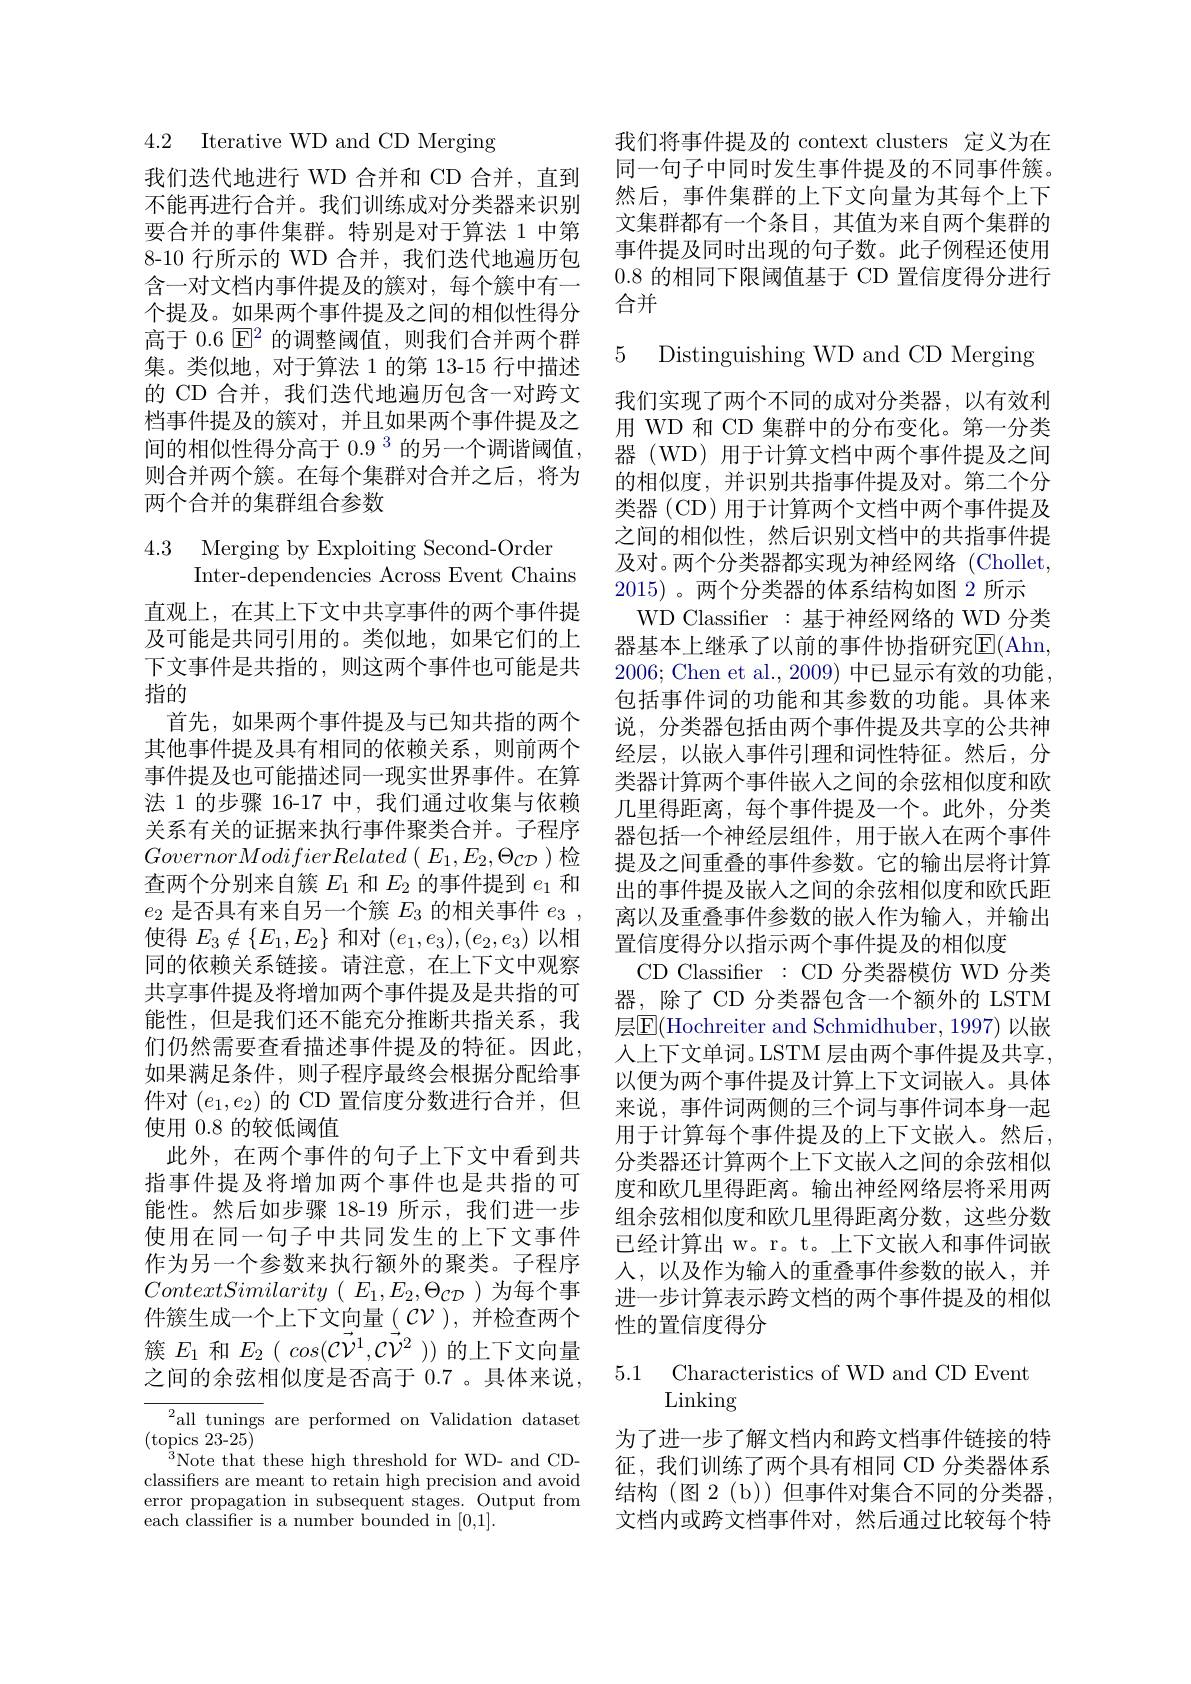
4.2 Iterative WD and CD Merging

我们迭代地进行 WD 合并和 CD 合并，直到不能再进行合并。我们训练成对分类器来识别要合并的事件集群。特别是对于算法 1 中第8-10 行所示的 WD 合并，我们迭代地遍历包含一对文档内事件提及的簇对，每个簇中有一个提及。如果两个事件提及之间的相似性得分高于 0.6 $\boxed{\mathrm{F}^2}$的调整阈值，则我们合并两个群集。类似地，对于算法 1 的第 13-15 行中描述的 CD 合并，我们迭代地遍历包含一对跨文档事件提及的簇对，并且如果两个事件提及之间的相似性得分高于$0.9^{3}$的另一个调谐阈值， 则合并两个簇。在每个集群对合并之后，将为两个合并的集群组合参数

4.3 Merging by Exploiting Second-Order
Inter-dependencies Across Event Chains

直观上，在其上下文中共享事件的两个事件提及可能是共同引用的。类似地，如果它们的上下文事件是共指的，则这两个事件也可能是共指的
首先，如果两个事件提及与已知共指的两个其他事件提及具有相同的依赖关系，则前两个事件提及也可能描述同一现实世界事件。在算法 1 的步骤 16-17 中，我们通过收集与依赖关系有关的证据来执行事件聚类合并。子程序$GovernorModifierRelated\left(\begin{array}{c}E_{1},E_{2},\Theta_{CD}\end{array}\right)$检查两个分别来自簇$E_1$和$E_2$的事件提到$e_1$和$e_2$是否具有来自另一个簇$E_3$的相关事件$e_3$, 使得$E_3\notin\{E_1,E_2\}$和对$(e_1,e_3),(e_2,e_3)$以相同的依赖关系链接。请注意，在上下文中观察共享事件提及将增加两个事件提及是共指的可能性，但是我们还不能充分推断共指关系，我们仍然需要查看描述事件提及的特征。因此， 如果满足条件，则子程序最终会根据分配给事件对$(e_1,e_2)$的 CD 置信度分数进行合并，但使用0.8的较低阈值
此外，在两个事件的句子上下文中看到共指事件提及将增加两个事件也是共指的可能性。然后如步骤 18-19 所示，我们进一步使用在同一句子中共同发生的上下文事件作为另一个参数来执行额外的聚类。子程序ContextSimilarity ( $E_{1}, E_{2}, \Theta _{\mathcal{CD}}$ ) 为每个事件簇生成一个上下文向量( $\mathcal{CV})$,并检查两个簇$E_1$和$E_2($ $cos( \vec{\mathcal{C} } \vec{\mathcal{V} ^{1}} , \vec{\mathcal{C} } \vec{\mathcal{V} ^{2}}$ ))的上下文向量之间的余弦相似度是否高于0.7 。具体来说，
${}^{2}$all tunings are performed on Validation dataset

$(\mathop{\mathrm{topics~23-25}})$
${}^{3}$Note that these high threshold for WD- and CDclassifiers are meant to retain high precision and avoid error propagation in subsequent stages. Output from each classifier is a number bounded in [0,1].

我们将事件提及的 context clusters 定义为在同一句子中同时发生事件提及的不同事件簇。然后，事件集群的上下文向量为其每个上下文集群都有一个条目，其值为来自两个集群的事件提及同时出现的句子数。此子例程还使用0.8的相同下限阈值基于 CD 置信度得分进行合并

5 Distinguishing WD and CD Merging

我们实现了两个不同的成对分类器，以有效利用 WD 和 CD 集群中的分布变化。第一分类器 (WD) 用于计算文档中两个事件提及之间的相似度，并识别共指事件提及对。第二个分类器 (CD) 用于计算两个文档中两个事件提及之间的相似性，然后识别文档中的共指事件提及对。两个分类器都实现为神经网络(Chollet, 2015)。两个分类器的体系结构如图 2 所示
WD Classifier :基于神经网络的 WD 分类器基本上继承了以前的事件协指研究E(Ahn, 2006; Chen et al., 2009) 中已显示有效的功能， 包括事件词的功能和其参数的功能。具体来说，分类器包括由两个事件提及共享的公共神经层，以嵌入事件引理和词性特征。然后，分类器计算两个事件嵌人之间的余弦相似度和欧几里得距离，每个事件提及一个。此外，分类器包括一个神经层组件，用于嵌入在两个事件提及之间重叠的事件参数。它的输出层将计算出的事件提及嵌入之间的余弦相似度和欧氏距离以及重叠事件参数的嵌入作为输人，并输出置信度得分以指示两个事件提及的相似度
CD Classifier : CD 分类器模仿 WD 分类器，除了 CD 分类器包含一个额外的 LSTM 层$\boxed{\mathrm{E}}($Hochreiter and Schmidhuber, 1997) 以嵌人上下文单词。LSTM 层由两个事件提及共享， 以便为两个事件提及计算上下文词嵌入。具体来说，事件词两侧的三个词与事件词本身一起用于计算每个事件提及的上下文嵌入。然后， 分类器还计算两个上下文嵌入之间的余弦相似度和欧几里得距离。输出神经网络层将采用两组余弦相似度和欧几里得距离分数，这些分数已经计算出 w。r。t。上下文嵌人和事件词嵌人，以及作为输入的重叠事件参数的嵌入，并进一步计算表示跨文档的两个事件提及的相似性的置信度得分

### 5.1 Characteristics of WD and CD Event Linking

为了进一步了解文档内和跨文档事件链接的特征，我们训练了两个具有相同 CD 分类器体系结构(图 2(b)) 但事件对集合不同的分类器， 文档内或跨文档事件对，然后通过比较每个特